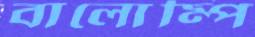
বালোম্পি